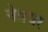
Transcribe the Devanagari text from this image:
नेन्नयर